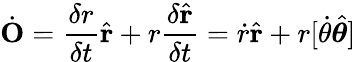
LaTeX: {\dot{\mathbf{O}}}={\frac{\delta r}{\delta t}}{\hat{\mathbf{r}}}+r{\frac{\delta{\hat{\mathbf{r}}}}{\delta t}}={\dot{r}}{\hat{\mathbf{r}}}+r[{\dot{\theta}}{\hat{\boldsymbol{\theta}}}]